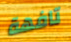
تافهة